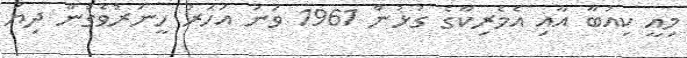
މިއީ ކިއުބާ އާއި އެމެރިކާގެ ގުޅުން 1961 ވަނަ އަހަރު ހީނަރުވެގެން ދިޔަ